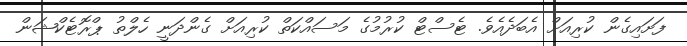
ފަށައިގެން ކުރިއަށް އެބަދެއެވެ. ޓެސްޓް ކުރުމުގެ މަސައްކަތް ކުރިއަށް ގެންދަނީ ހެލްތު ޕްރޮޓެކްޝަން